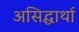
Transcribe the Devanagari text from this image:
असिद्धार्था